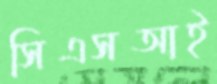
সিএসআই